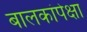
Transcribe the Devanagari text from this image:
बालकांपेक्षा